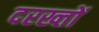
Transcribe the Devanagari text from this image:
दरख्तों